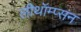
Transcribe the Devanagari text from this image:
लीथॉम्प्सन